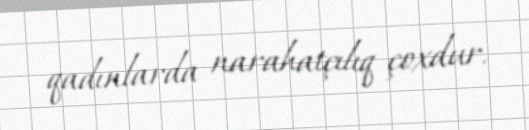
qadınlarda narahatçılıq çoxdur.